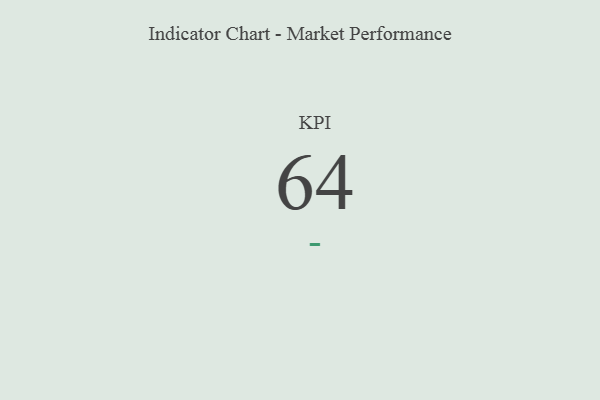
{"axis": {"x": "KPI", "y": "Value"}, "legend": [""], "data": [{"x": "KPI", "y": 64, "type": ""}]}